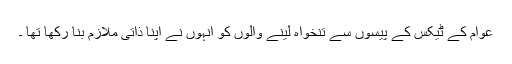
عوام کے ٹیکس کے پیسوں سے تنخواہ لینے والوں کو انہوں نے اپنا ذاتی ملازم بنا رکھا تھا ۔